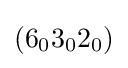
(6_{0}3_{0}2_{0})